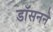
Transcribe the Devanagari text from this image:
डॉसनने